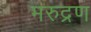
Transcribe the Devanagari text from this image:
मरुद्रण